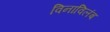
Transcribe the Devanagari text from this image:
विनाविलंब